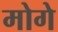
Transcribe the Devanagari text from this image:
मोगे